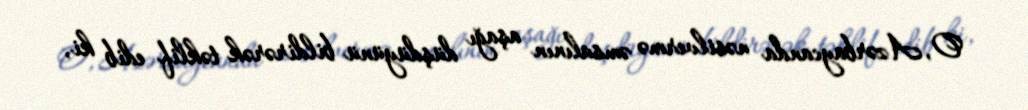
O, Azərbaycanda nəsilvermə əmsalının aşağı düşdüyünü bildirərək təklif edib ki,